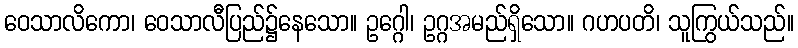
ဝေသာလိကော၊ ဝေသာလီပြည်၌နေသော။ ဥဂ္ဂေါ၊ ဥဂ္ဂအမည်ရှိသော။ ဂဟပတိ၊ သူကြွယ်သည်။